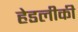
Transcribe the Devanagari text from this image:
हेडलीकी